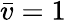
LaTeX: \bar{v}=1